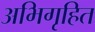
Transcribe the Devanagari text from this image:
अभिगृहित